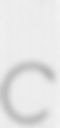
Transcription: c